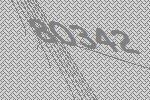
80342